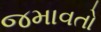
જમાવતો